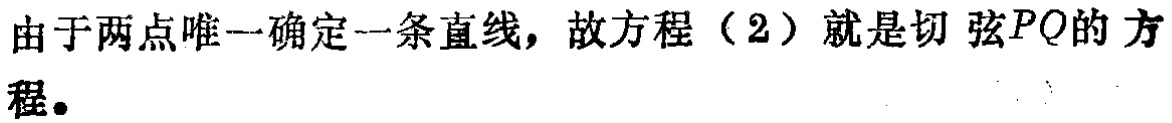
由于两点唯一确定一条直线，故方程（2）就是切弦\(PQ\)的方程。